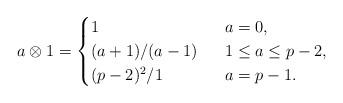
LaTeX: \begin{align*}a \otimes 1 = \begin{cases}1 & \ \ a=0, \\(a+1)/(a-1) & \ \ 1\le a\le p-2, \\(p-2)^2/1& \ \ a=p-1.\end{cases}\end{align*}